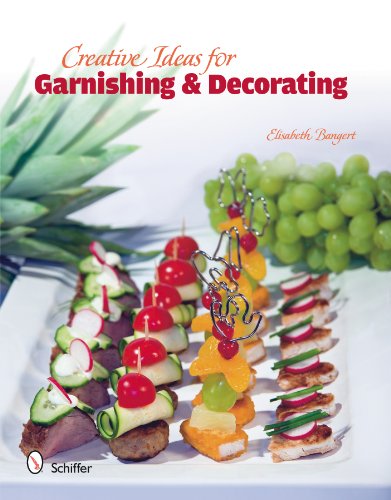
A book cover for Creative Ideas for Garnishing & Decorating; Elisabeth Banger; Cookbooks, Food & Wine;